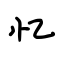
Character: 忆